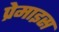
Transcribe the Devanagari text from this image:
प्रेमाइस